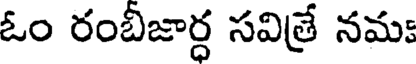
ఓం రంబిజార్ధ సవిత్రే నమః